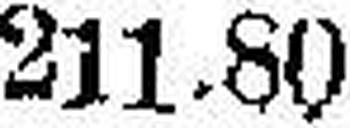
211.80